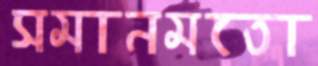
সমানমতো